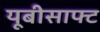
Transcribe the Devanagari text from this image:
यूबीसाफ्ट